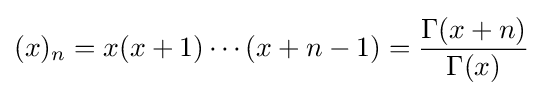
(x)_{n}=x(x+1)\cdots (x+n-1)={\frac {\Gamma (x+n)}{\Gamma (x)}}